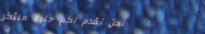
نحن نقدم لكم حلولاً مبتكر